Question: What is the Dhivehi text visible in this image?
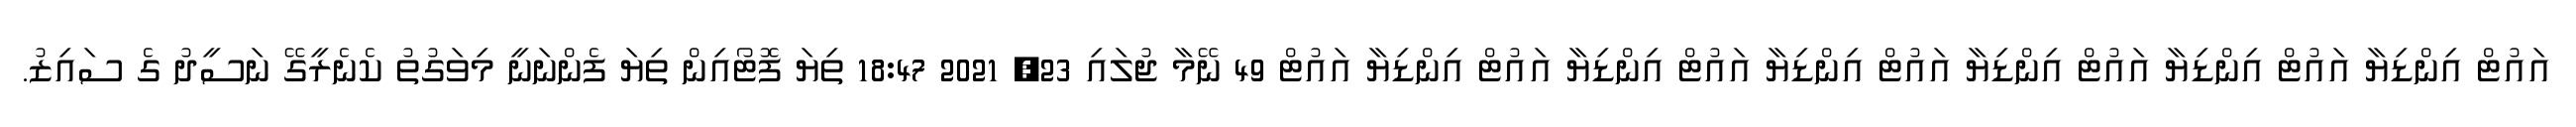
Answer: އައުޓް އިންޑިޔާ އައުޓް އިންޑިޔާ އައުޓް އިންޑިޔާ އައުޓް އިންޑިޔާ އައުޓް އިންޑިޔާ އައުޓް އިންޑިޔާ އައުޓް 49 ނޭމާ ޖުލައި 23, 2021 18:47 ތިޔަ ފޮޓޯއިން ތިޔަ ފެންނަނީ މިވަގުތު ކެނެރީގޭ ނަސީދު ގެ ސައިޒު.